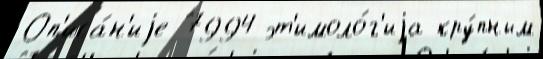
Оп'иса́н'иjе 7994 эт'имоло́г'иjа кру́пным